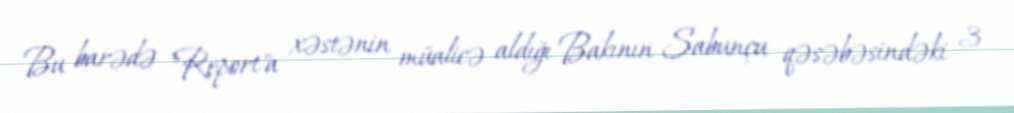
Bu barədə "Report"a xəstənin müalicə aldığı Bakının Sabunçu qəsəbəsindəki 3